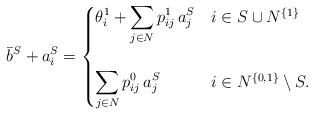
LaTeX: \begin{align*}\bar{b}^S + a_i^S = \begin{cases}\displaystyle \theta_i^1 + \sum_{j \in N} p_{ij}^1 \, a^S_j & i \in S \cup N^{\{1\}} \\ \\\displaystyle \sum_{j \in N} p_{ij}^0 \, a^S_j & i \in N^{\{0, 1\}} \setminus S.\end{cases}\end{align*}